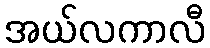
အယ်လကာလီ